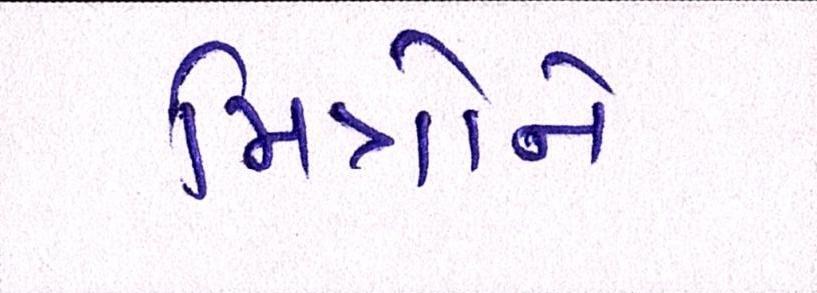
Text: મિત્રોને